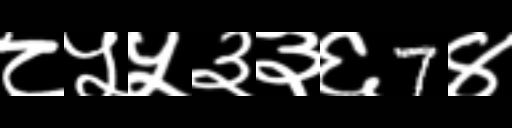
Text: ८५५३३६7४